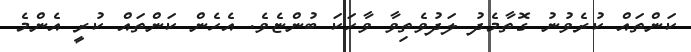
ކަންތައް ކުރެވުނު ގޮތާމެދު ލަދުވެތިވާ ވާހަކަ ބުންޏެވެ. އެހެން ކަންތައް ކުރީ އެންމެ